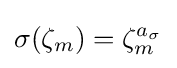
\sigma (\zeta _{m})=\zeta _{m}^{a_{\sigma }}